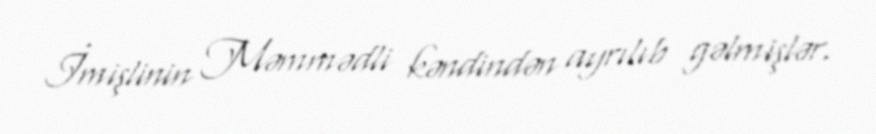
İmişlinin Məmmədli kəndindən ayrılıb gəlmişlər.